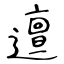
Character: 邅